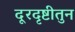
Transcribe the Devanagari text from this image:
दूरदृष्टीतुन